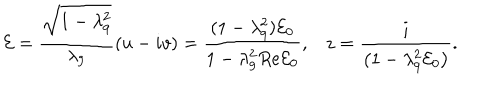
LaTeX: { \cal E } = \frac { \sqrt { 1 - \lambda _ { 9 } ^ { 2 } } } { \lambda _ { 9 } } \left( u - i v \right) = \frac { ( 1 - \lambda _ { 9 } ^ { 2 } ) { \cal E } _ { 0 } } { 1 - \lambda _ { 9 } ^ { 2 } R e { \cal E } _ { 0 } } , z = \frac { i } { \left( 1 - \lambda _ { 9 } ^ { 2 } { \cal E } _ { 0 } \right) } .